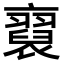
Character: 𧞂